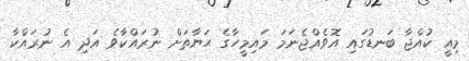
މިއީ ކުއްޖާ ބަނޑުގައި އޮވެއްޖެނަމަ މައިމީހާގެ ޙަޔާތަށް ނުރައްކާވެ އަދި އެ ނުރައްކާ